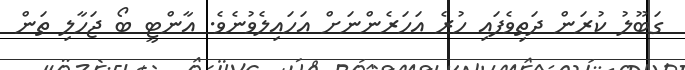
ގަބޫލު ކުރަން ދަތިވެފައި ހުރެ އަހަރެންނަށް އަހައިލެވުނެވެ. އާންޓީ ބޯ ޖަހާލި ތަން